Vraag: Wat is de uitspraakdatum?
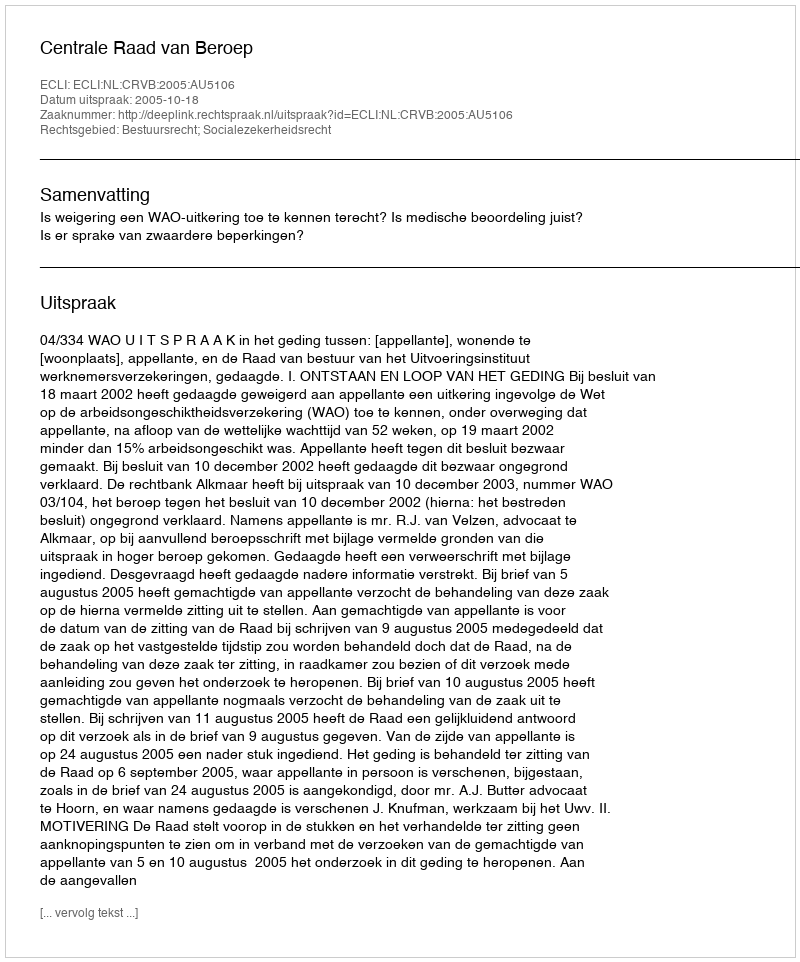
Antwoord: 2005-10-18